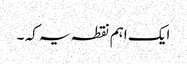
ایک اہم نقطہ یہ کہ ۔